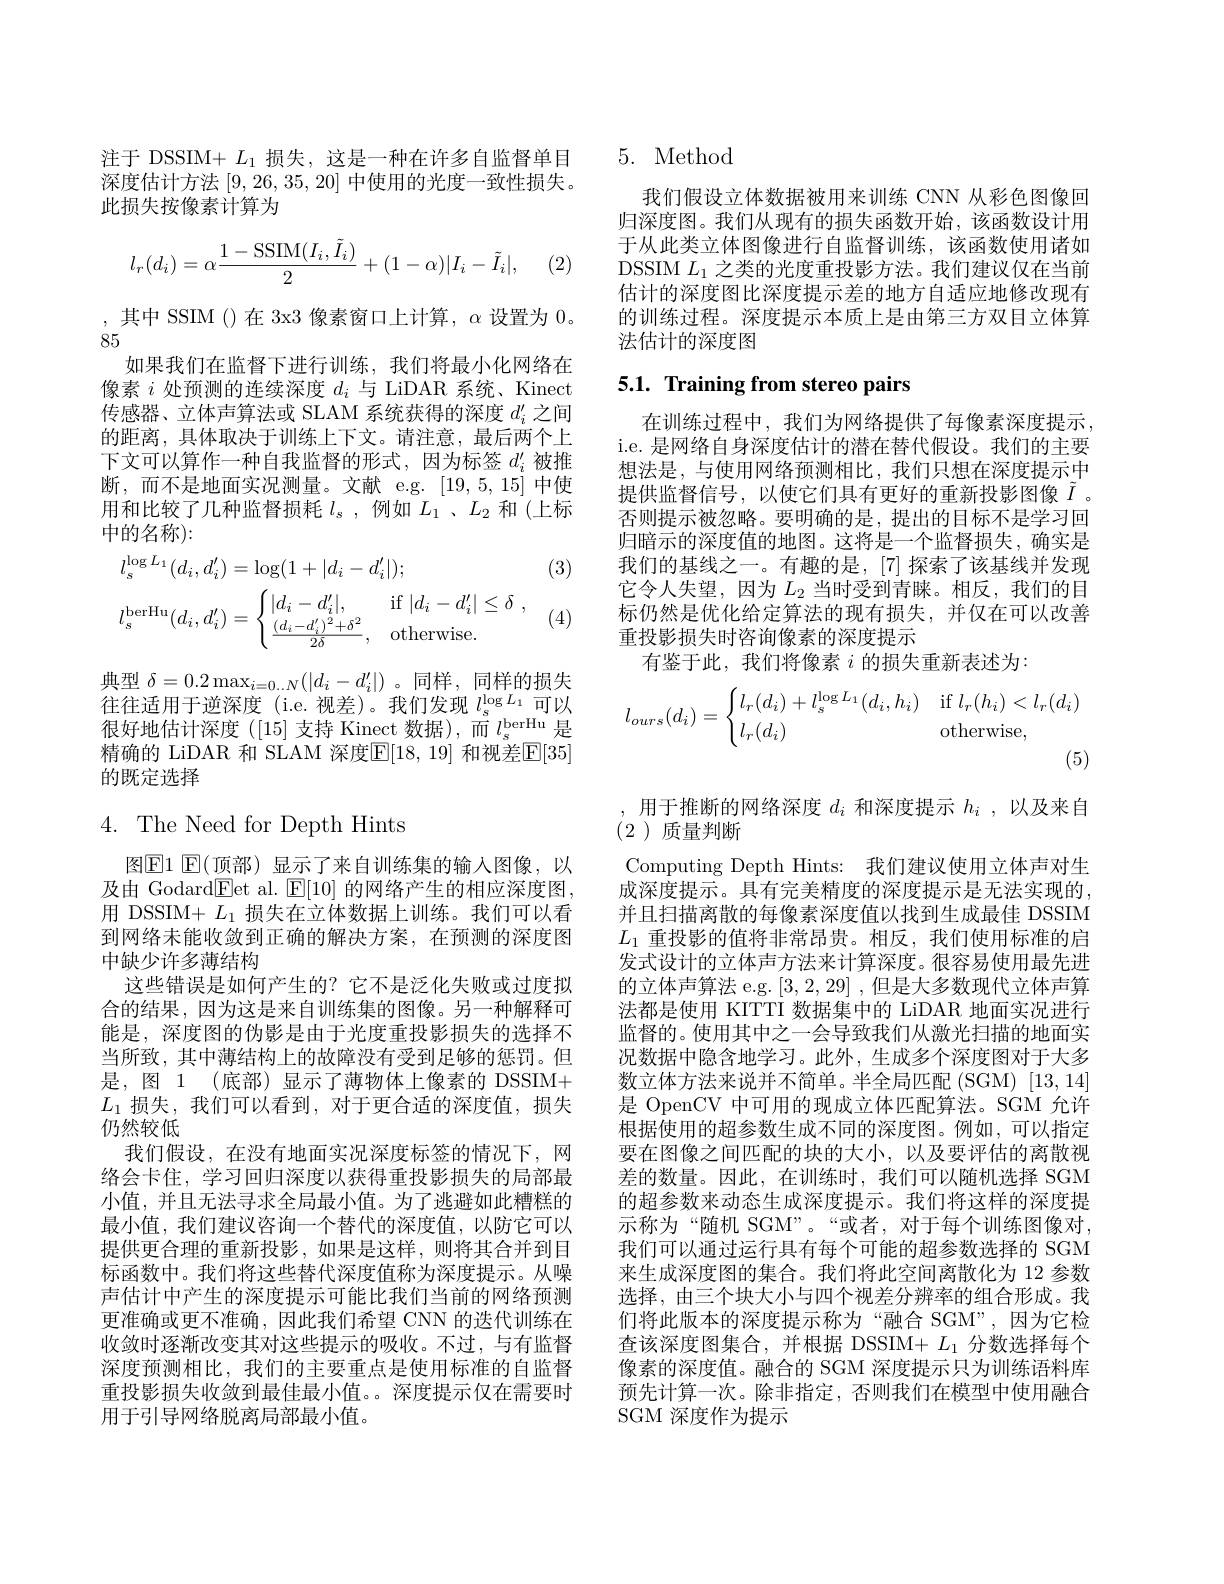
注于 DSSIM+ $L_1$损失，这是一种在许多自监督单目深度估计方法[9,26,35,20]中使用的光度一致性损失。此损失按像素计算为
$$l_r(d_i)=\alpha\frac{1-\mathrm{SSIM}(I_i,\tilde{I}_i)}{2}+(1-\alpha)|I_i-\tilde{I}_i|,$$
(2

,其中 SSIM()在 3x3 像素窗口上计算，$\alpha$ 设置为 0。
85
如果我们在监督下进行训练，我们将最小化网络在像素$i$处预测的连续深度$d_i$与 LiDAR 系统、Kinect 传感器、立体声算法或 SLAM 系统获得的深度$d_i^{\prime}$之间的距离，具体取决于训练上下文。请注意，最后两个上下文可以算作一种自我监督的形式，因为标签$d_i^{\prime}$被推断，而不是地面实况测量。文献 e.g.[19,5,15] 中使用和比较了几种监督损耗$l_\mathrm{s}$ ,例如$L_1$ 、$L_2$和(上标中的名称):

(3)
$$\begin{aligned}&l_{s}^{\log L_{1}}(d_{i},d_{i}^{\prime})=\log(1+|d_{i}-d_{i}^{\prime}|);\\&l_{s}^{\mathrm{berHu}}(d_{i},d_{i}^{\prime})=\begin{cases}|d_{i}-d_{i}^{\prime}|,&\text{if}\:|d_{i}-d_{i}^{\prime}|\leq\delta\\\frac{(d_{i}-d_{i}^{\prime})^{2}+\delta^{2}}{2\delta},&\text{otherwise.}\end{cases},\end{aligned}$$
(4)

典型$\delta=0.2\max_{i=0\ldots N}(|d_{i}-d_{i}^{\prime}|)$ 。同样，同样的损失往往适用于逆深度(i.e.视差)。我们发现$l_s^{\log L_1}$可以很好地估计深度([15]支持 Kinect 数据),而$l_s^\mathrm{berHu}$是精确的 LiDAR 和 SLAM 深度$\mathbb{E}[18,19]$ 和视差$\mathbb{E}[35]$ 的既定选择

## $4.{\mathrm{~The~Need~for~Depth~Hints}}$

图$\mathbb{E}$1 $\mathbb{E}($顶部)显示了来自训练集的输入图像，以及由 Godard$\underline{\mathrm{Eet~al.~}}\underline{\mathrm{E}}[10]$的网络产生的相应深度图用 DSSIM+ $L_1$损失在立体数据上训练。我们可以看到网络未能收敛到正确的解决方案，在预测的深度图中缺少许多薄结构
这些错误是如何产生的？它不是泛化失败或过度拟合的结果，因为这是来自训练集的图像。另一种解释可能是，深度图的伪影是由于光度重投影损失的选择不当所致，其中薄结构上的故障没有受到足够的惩罚。但是，图 1 (底部) 显示了薄物体上像素的 DSSIM+ $L_1$损失，我们可以看到，对于更合适的深度值，损失仍然较低
我们假设，在没有地面实况深度标签的情况下，网络会卡住，学习回归深度以获得重投影损失的局部最小值，并且无法寻求全局最小值。为了逃避如此糟糕的最小值，我们建议咨询一个替代的深度值，以防它可以提供更合理的重新投影 ,如果是这样，则将其合并到目标函数中。我们将这些替代深度值称为深度提示。从噪声估计中产生的深度提示可能比我们当前的网络预测更准确或更不准确，因此我们希望 CNN 的迭代训练在收敛时逐渐改变其对这些提示的吸收。不过，与有监督深度预测相比，我们的主要重点是使用标准的自监督重投影损失收敛到最佳最小值。。深度提示仅在需要时用于引导网络脱离局部最小值。

## 5. Method

我们假设立体数据被用来训练 CNN 从彩色图像回归深度图。我们从现有的损失函数开始，该函数设计用于从此类立体图像进行自监督训练，该函数使用诸如DSSIM $L_1$之类的光度重投影方法。我们建议仅在当前估计的深度图比深度提示差的地方自适应地修改现有的训练过程。深度提示本质上是由第三方双目立体算法估计的深度图

# 5.1. Training from stereo pairs

在训练过程中，我们为网络提供了每像素深度提示i.e. 是网络自身深度估计的潜在替代假设。我们的主要想法是，与使用网络预测相比，我们只想在深度提示中提供监督信号，以使它们具有更好的重新投影图像$\tilde{I}$ 。否则提示被忽略。要明确的是，提出的目标不是学习回归暗示的深度值的地图。这将是一个监督损失，确实是我们的基线之一。有趣的是，[7] 探索了该基线并发现它令人失望，因为$L_{2}$当时受到青睐。相反，我们的目标仍然是优化给定算法的现有损失，并仅在可以改善重投影损失时咨询像素的深度提示
有鉴于此，我们将像素$i$的损失重新表述为：
$$l_{ours}(d_i)=\begin{cases}l_r(d_i)+l_s^{\log L_1}(d_i,h_i)&\text{if}l_r(h_i)<l_r(d_i)\\l_r(d_i)&\text{otherwise,}\end{cases}$$
(5)

,用于推断的网络深度$d_i$和深度提示$h_i$,以及来自
(2)质量判断

Computing Depth Hints: 我们建议使用立体声对生成深度提示。具有完美精度的深度提示是无法实现的， 并且扫描离散的每像素深度值以找到生成最佳 DSSIM $L_1$重投影的值将非常昂贵。相反，我们使用标准的启发式设计的立体声方法来计算深度。很容易使用最先进的立体声算法 e.g. [3,2,29] ,但是大多数现代立体声算法都是使用 KITTI 数据集中的 LiDAR 地面实况进行监督的。使用其中之一会导致我们从激光扫描的地面实况数据中隐含地学习。此外，生成多个深度图对于大多数立体方法来说并不简单。半全局匹配 (SGM) [13,14] 是 OpenCV 中可用的现成立体匹配算法。SGM 允许根据使用的超参数生成不同的深度图。例如，可以指定要在图像之间匹配的块的大小，以及要评估的离散视差的数量。因此，在训练时，我们可以随机选择 SGM 的超参数来动态生成深度提示。我们将这样的深度提示称为“随机 SGM”。“或者，对于每个训练图像对， 我们可以通过运行具有每个可能的超参数选择的 SGM 来生成深度图的集合。我们将此空间离散化为 12 参数选择，由三个块大小与四个视差分辨率的组合形成。我们将此版本的深度提示称为“融合 SGM”,因为它检查该深度图集合，并根据 DSSIM+ $L_1$分数选择每个像素的深度值。融合的 SGM 深度提示只为训练语料库预先计算一次。除非指定，否则我们在模型中使用融合SGM 深度作为提示